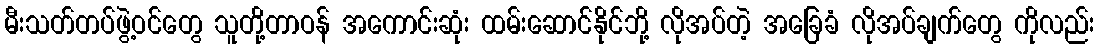
မီးသတ်တပ်ဖွဲ့ဝင်တွေ သူတို့တာဝန် အကောင်းဆုံး ထမ်းဆောင်နိုင်ဘို့ လိုအပ်တဲ့ အခြေခံ လိုအပ်ချက်တွေ ကိုလည်း